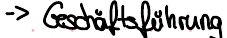
-> Geschäftsführung